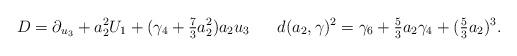
\begin{align*} &D = \partial_{u_3} + a_2^2 U_1 + (\gamma_4 + \tfrac{7}{3} a_2^2) a_2 u_3 &d(a_2,\gamma)^2 = \gamma_6 + \tfrac{5}{3}a_2 \gamma_4 + (\tfrac{5}{3}a_2)^3.\end{align*}